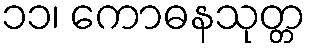
၁၁၊ ကောဓနသုတ္တ